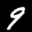
Label: 9